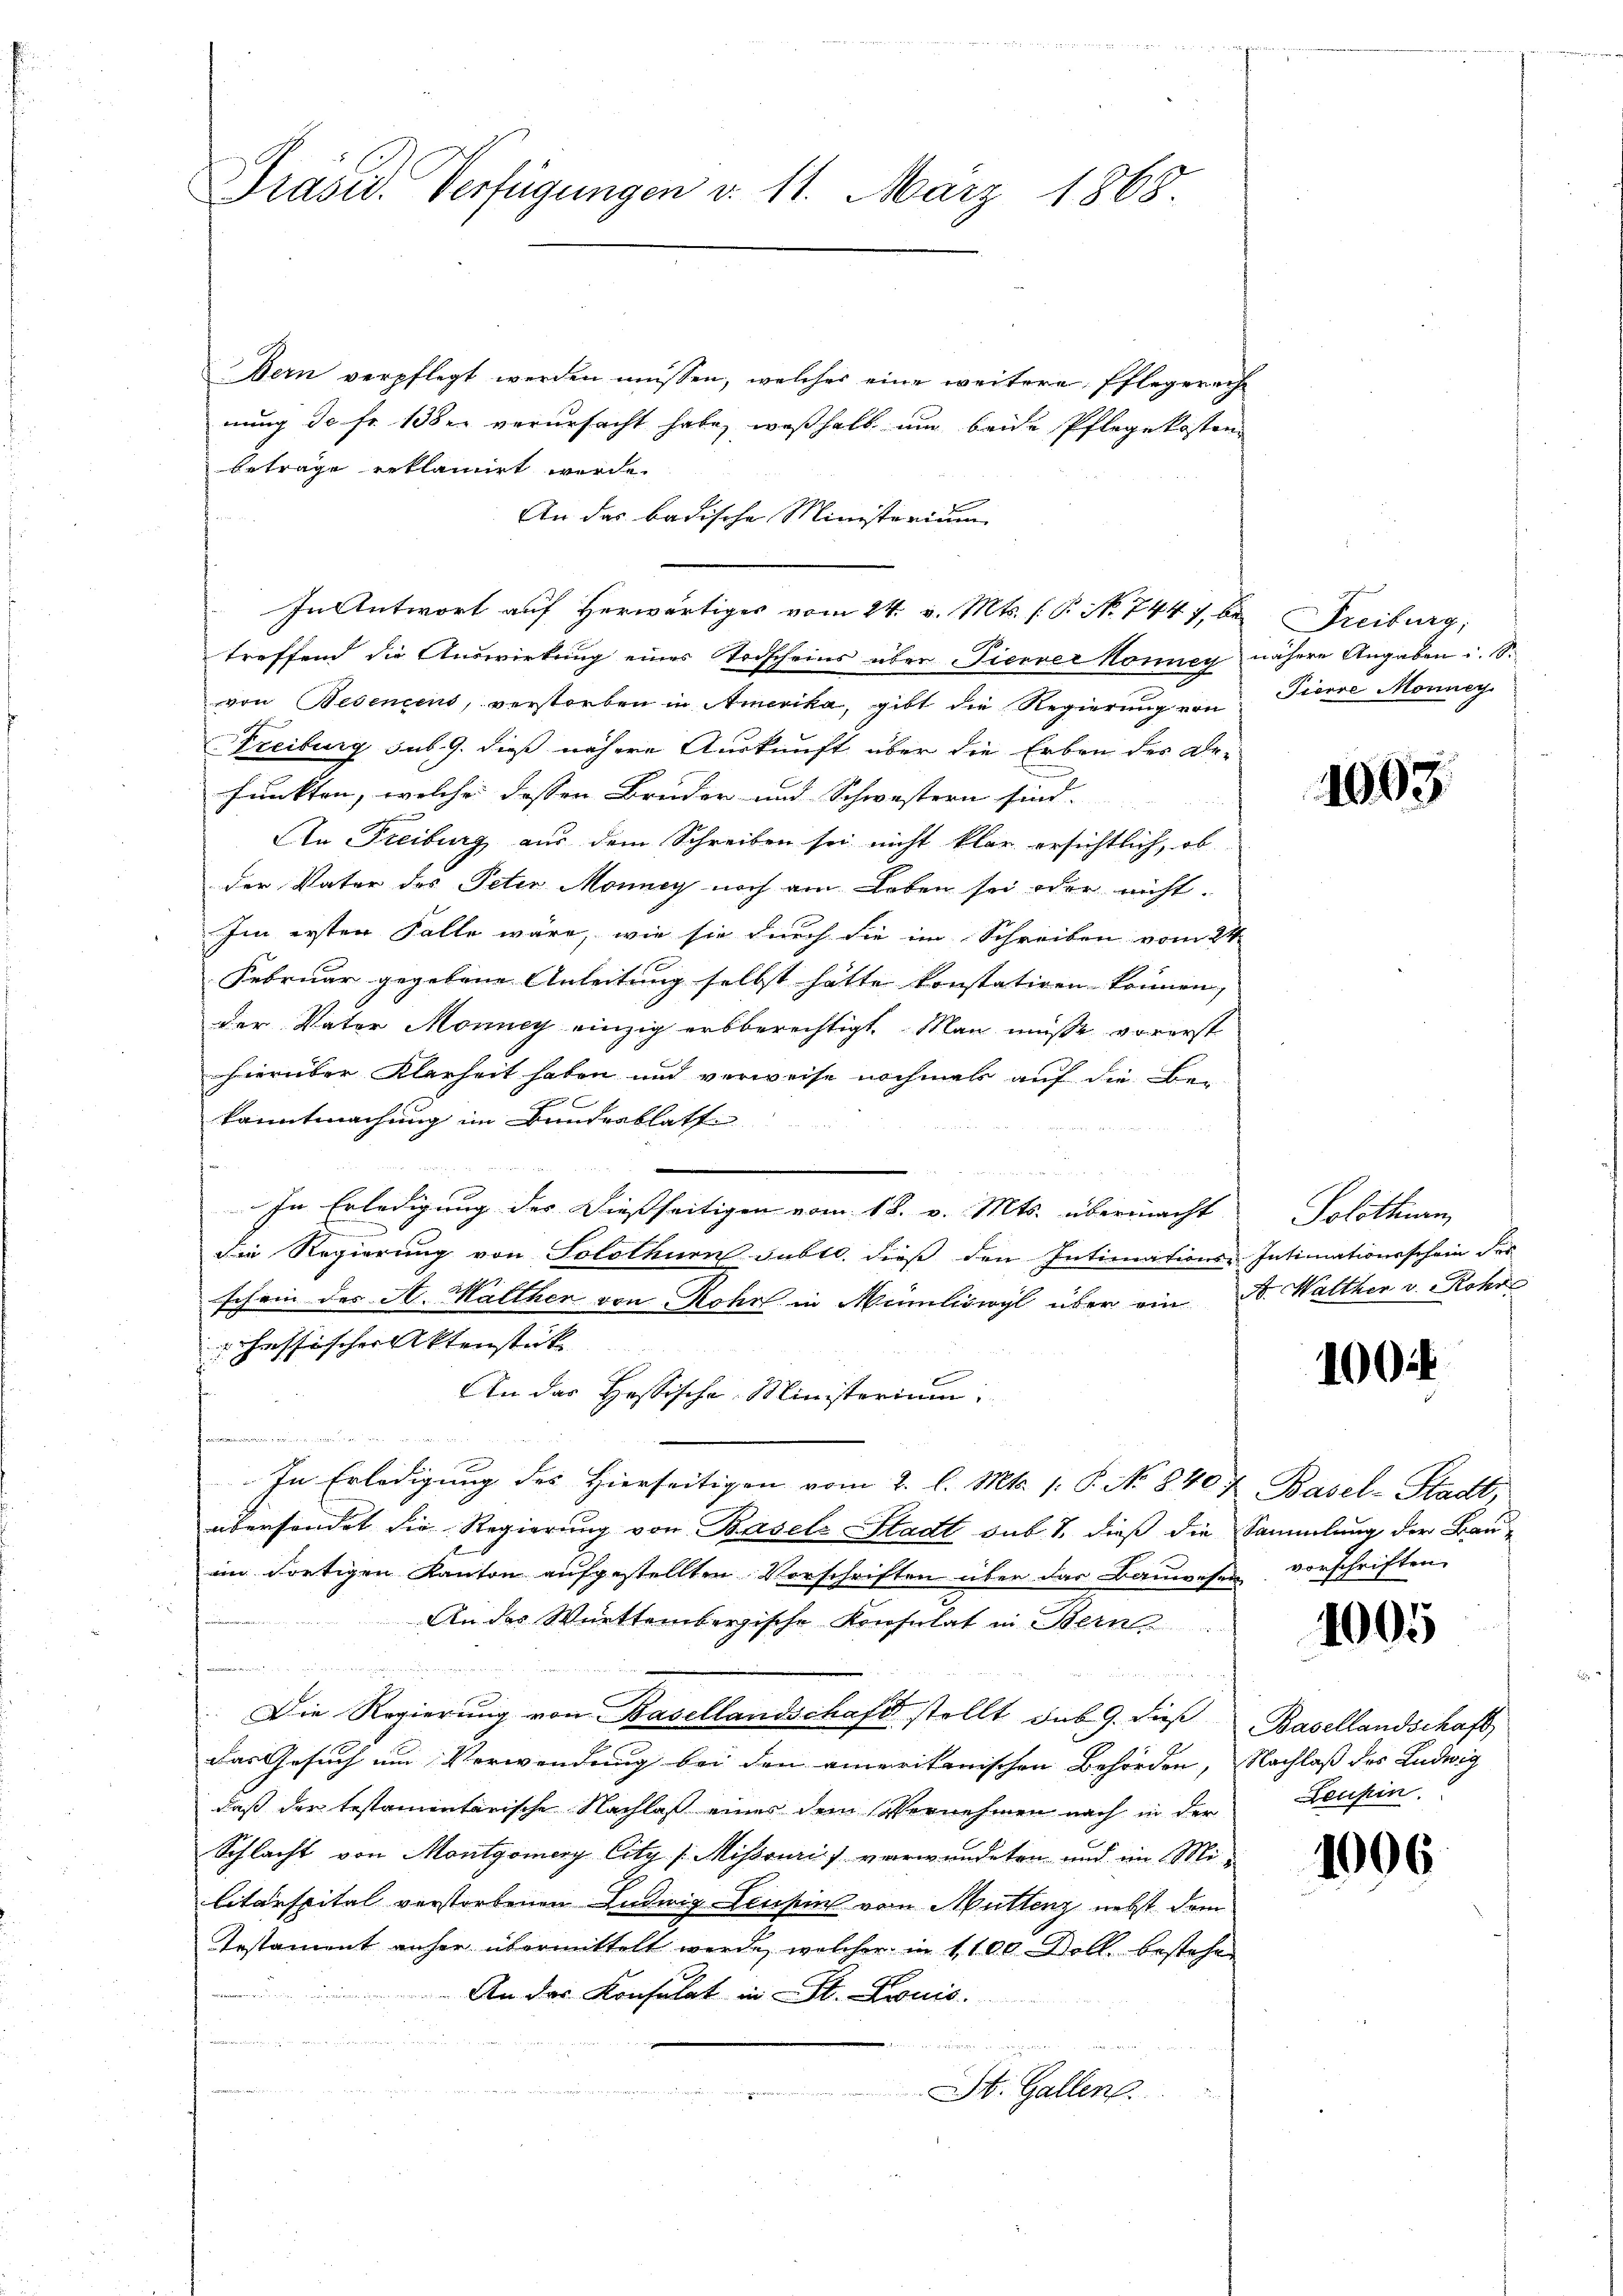
Präsid. Verfügungen v. 11. März 1868.

Bern verpflegt werden müssen, welches eine weitere Pflegerech
nung de fr. 13ten verursacht habe, weßhalb um beide Pflege kosten
Betrage reklamirt werde.
An das badische Ministerium
In Antwort auf herwärtiges vom 24. v. Mts. (T. N. 7447, bei Freiburg,
treffend die Auswirkung eines Todscheins über Fierver Konney nähere Angaben u. 18.
von Besencens, verstorben in Amerika, gibt die Regierung von
Freiburg sub. 9. dieß nähere Auskunft über die Erben des De-
funkten, welche dessen Bruder und Schwestern sind. |
An Freiburg aus dem Schreiben sei nicht klar ersichtlich, ob
der Vater des Peter Monney noch am Leben sei oder nicht.
Im ersten Falle wäre, wie sie durch die im Schreiben vom 24.
Februar gegebene Anleitung selbst hätte konstatiren können, |
der Vater Monney einzig erbberechtigt. Man müsse vorerst
hierüber Klarheit haben und verweise nochmals auf die Be-
kanntmachung im Bundesblatt
In Erledigung des Diesseitigen vom 18. v. Mts. übermacht
die Regierung von Solothurn subtl. dieß den Intimations-Intimationsschein der
schein des A. Walther von Rohr in Münliswyl über ein A. Walther v. Rohre
cheffischer Aktenstück
An das Hessische Ministerium
keinen un
In Erledigung des Hierseitigen vom 2. l. Mts. 1. P. No 840 f. Basel-Stadt,
übersendet die Regierung von Basels Stadt sub 1. dieß die Sammlung der Bauim dortigen Kanton aufgestellten Vorschriften über das Bauwesen
An das Württembergische Konsulat in Bern
n
 Asendung namen
.
Die Regierung von Basellandschaft stellt sub 9. dieβ Basellandschaft,
Das Gesuch um Verwendung bei den amerikanischen Behörden, Nachlaß des Ludwig
daß der testamentarische Nachlaß einer dem Vernehmen nach in der
Schlacht von Montgomery City [Mihsouriis verwendeten und im Mi-
litärspital verstorbenen Ludwig Leubin vom Muttenz nebst dem
Testament anher übermittelt werde, welcher in 1100 Doll bestehen
e
An das Konsulat in St. Louis
  in die Ehren
un

St. Gallen.

Pierre Monney.

1093.

Solothurn

100

vorschriften.

1005

Leuhin.

1006